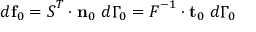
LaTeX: d \mathbf { f } _ { 0 } = { \boldsymbol { S } } ^ { T } \cdot \mathbf { n } _ { 0 } ~ d \Gamma _ { 0 } = { \boldsymbol { F } } ^ { - 1 } \cdot \mathbf { t } _ { 0 } ~ d \Gamma _ { 0 }